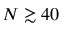
N \gtrsim 4 0